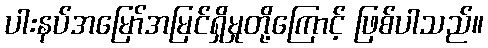
ပါးနပ်အမြော်အမြင်ရှိမှုတို့ကြောင့် ဖြစ်ပါသည်။